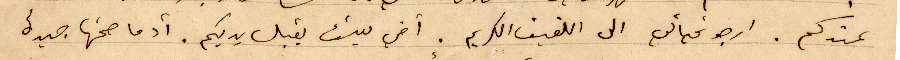
عندكم. ارجو تحياتي الى اللفيف الكريم. اخي يوسف يقبل يديكم. أدما صحتها جيدة